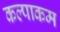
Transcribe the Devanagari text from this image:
कल्पाकम